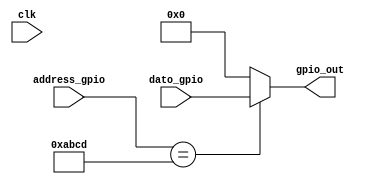
`timescale 1ns / 1ps
//////////////////////////////////////////////////////////////////////////////////
// Company: 
// Engineer: 
// 
// Design Name: 
// Module Name:    GPIO 
// Project Name: 
// Target Devices: 
// Tool versions: 
// Description: 
//
// Dependencies: 
//
// Revision: 
// Revision 0.01 - File Created
// Additional Comments: 
//
//////////////////////////////////////////////////////////////////////////////////
module GPIO(
	input [31:0] address_gpio,
	input [31:0] dato_gpio,
	input clk,
	output reg [31:0] gpio_out
    );
	 
	always @(*)
	begin 
		if (address_gpio == 32'habcd)
			gpio_out <= dato_gpio; 
		else
			gpio_out <= 32'd0;
		
	end

endmodule